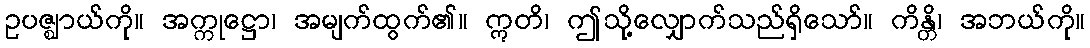
ဥပဇ္ဈာယ်ကို။ အက္ကုဋ္ဌော၊ အမျက်ထွက်၏။ ဣတိ၊ ဤသို့လျှောက်သည်ရှိသော်။ ကိန္တိ၊ အဘယ်ကို။